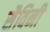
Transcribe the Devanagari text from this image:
सैविनी